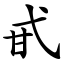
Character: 甙